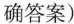
确答案)